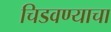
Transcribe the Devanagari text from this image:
चिडवण्याचा